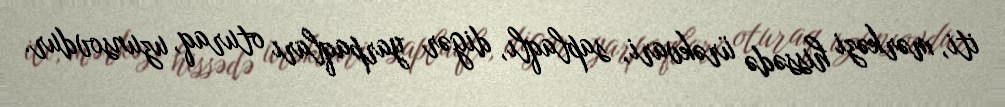
iti, mərkəzi hissədə ürəkvari, saplaqlı, digər yarpaqları oturaq, uzunsovdur.